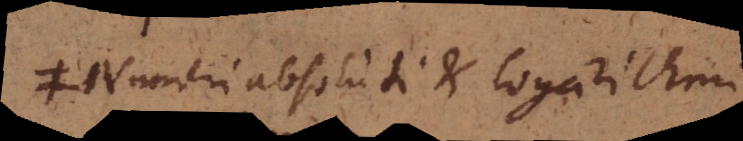
≠ Numeri absoluti et logarithmi